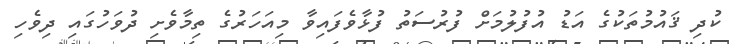
ކުދި ޤައުމުތަކުގެ އަޑު އުފުލުމަށް ފުރުސަތު ފުޅާވެފައިވާ މިއަހަރުގެ ތިމާވެށި ދުވަހުގައި ދިވެހި